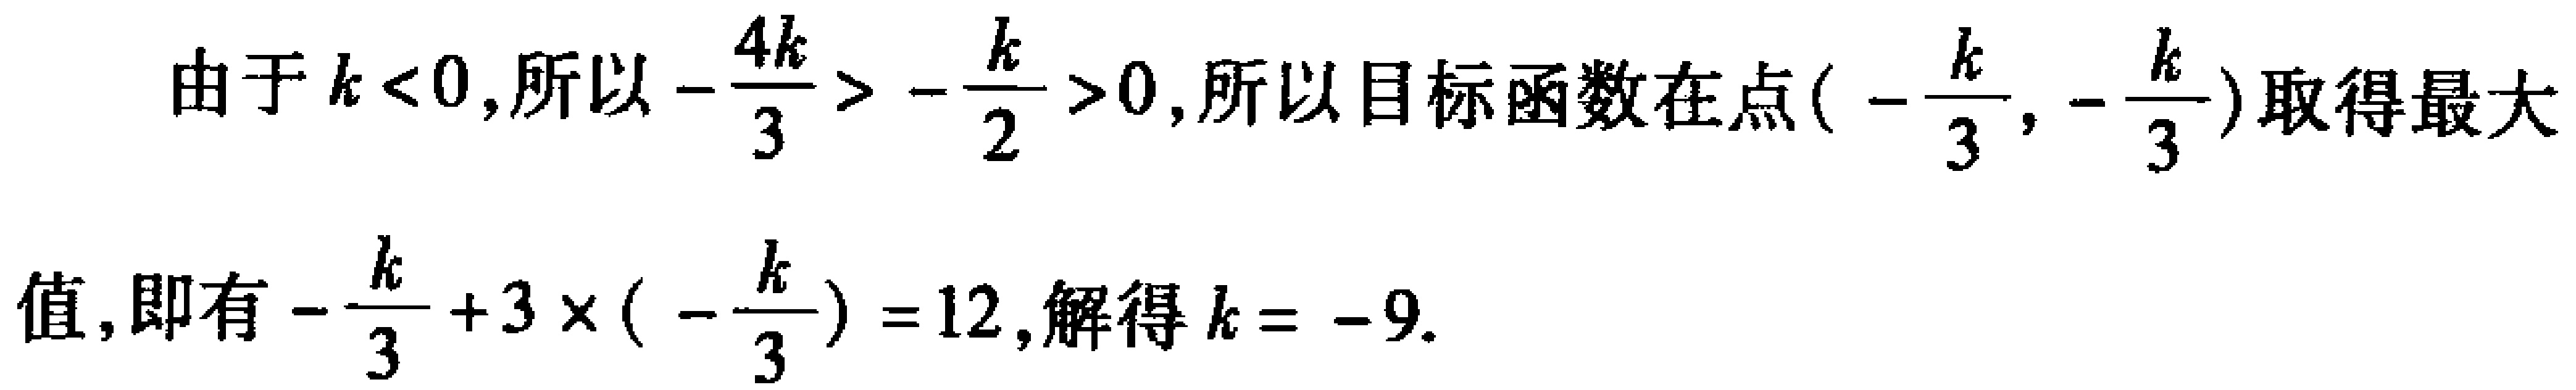
由于\(k < 0\)，所以\(-\frac{4k}{3}>-\frac{k}{2}>0\)，所以目标函数在点\((-\frac{k}{3},-\frac{k}{3})\)取得最大值，即有\(-\frac{k}{3}+3\times(-\frac{k}{3}) = 12\)，解得\(k = -9\)。